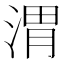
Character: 渭